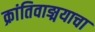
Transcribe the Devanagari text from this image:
क्रांतिवाङ्मयाचा